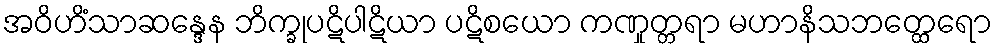
အဝိဟိံသာဆန္ဒေန ဘိက္ခုပဋိပါဋိယာ ပဋိစယော ကဏှုတ္တရာ မဟာနိသဘတ္ထေရော